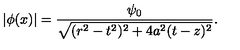
| \phi ( x ) | = { \frac { \psi _ { 0 } } { \sqrt { ( r ^ { 2 } - t ^ { 2 } ) ^ { 2 } + 4 a ^ { 2 } ( t - z ) ^ { 2 } } } } .